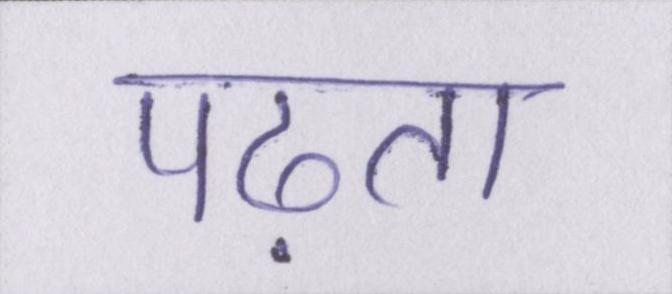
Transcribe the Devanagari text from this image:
पढ़ता